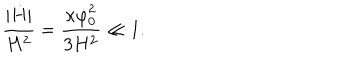
LaTeX: { \frac { | \dot { H } | } { H ^ { 2 } } } = { \frac { \kappa \dot { \varphi } _ { 0 } ^ { 2 } } { 3 H ^ { 2 } } } \ll 1 .